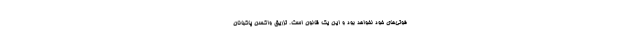
فوتی‌های خود نخواهد بود و این‌ یک قانون است. تزریق واکسن پاکبانان